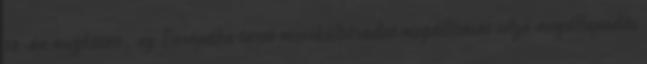
18-án megkötött, az Európába tartó menekültáradat megállítását célzó megállapodás